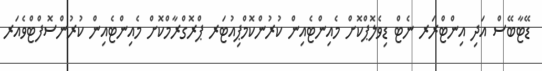
ޑޭޓާބޭސް އަދި އިންޓްރަރ ނެޓް ޑިވެލޮޕްކޮށް މެއިންޓެއިން ކުރުންކޮމްޕިއުޓަރ ޕްރޮގްރާމްކޮށް މެއިންޓެއިން ކުރުންސޮފްޓްވެއަރ